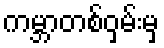
ကမ္ဘာတစ်ဝှမ်းမှ